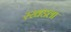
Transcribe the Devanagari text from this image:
रखडला